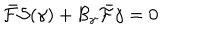
LaTeX: \bar { \cal F } { \cal S } ( \gamma ) + { \cal B } _ { \gamma } \bar { \cal F } \gamma = 0